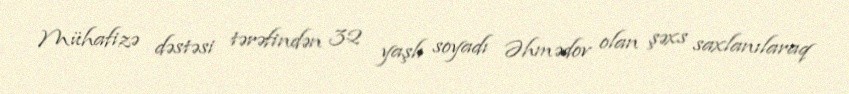
Mühafizə dəstəsi tərəfindən 32 yaşlı soyadı Əhmədov olan şəxs saxlanılaraq